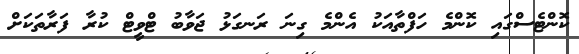
ކޮންޓެސްގައި ކޮންމެ ހަފްތާއަކު އެންމެ ގިނަ ރަނގަޅު ޖަވާބު ޓްވީޓް ކުރާ ފަރާތަކަށް